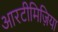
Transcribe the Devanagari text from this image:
आरटीमिज़िया